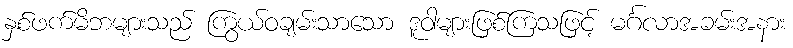
နှစ်ဖက်မိဘများသည် ကြွယ်ဝချမ်းသာသော ဒူဝါများဖြစ်ကြသဖြင့် မင်္ဂလာအခမ်းအနား